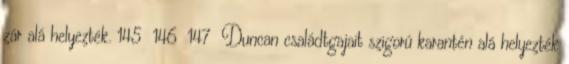
zár alá helyezték. 145 146 147 Duncan családtgajait szigorú karantén alá helyezték